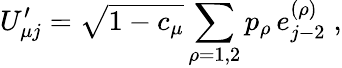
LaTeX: U_{\mu j}^{\prime}=\sqrt{1-c_{\mu}}\sum_{\rho=1,2}p_{\rho}\, e_{j-2}^{(\rho)}\; ,